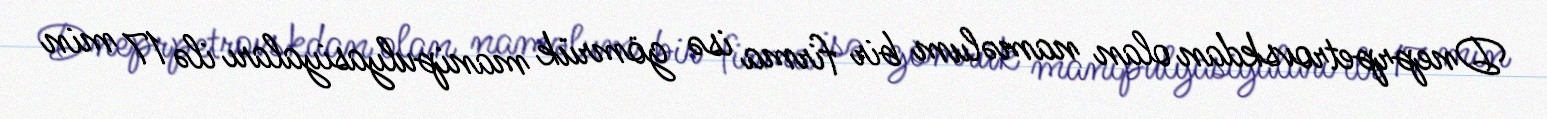
Dneprpetrovskdan olan naməlum bir firma isə gömrük manipulyasiyaları ilə 17 min